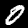
Label: 0